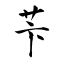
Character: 苄